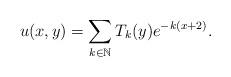
LaTeX: \begin{align*} u(x,y)=\sum\limits_{k\in \mathbb{N}}T_k(y)e^{-k(x+2)}. \end{align*}